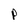
Character: p